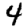
Digit: 4